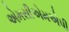
એમસીએમએપી